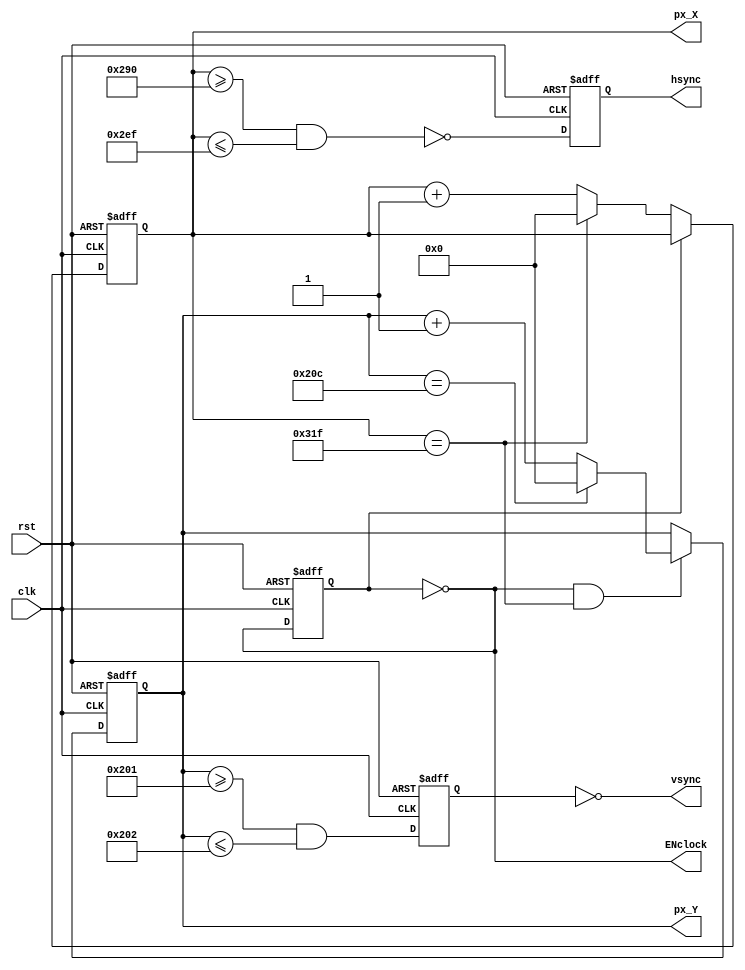
//segundo modulo de sincronizacion CON pulso habilitador (Adaptado para funcionar a 25Mhz, compatible con VGA)

module vgasync(input clk, rst, output wire hsync, vsync, ENclock, output wire [9:0] px_X,output wire [9:0] px_Y);

//Es preferible definir los parametros de retraso y tiempo de
//display como constantes que se pueden modificar y ajustar al
//dispositivo especfifico a utilizar.

	localparam HD = 640;
	localparam HF = 48;
	localparam HB = 16;
	localparam HR = 96;
	localparam VD = 480;
	localparam VF = 10;
	localparam VB = 33;
	localparam VR = 2;

//estas variables controlan cuando se ejecutan los cambios a las variables
//para que conmuten con una frecuencia diferente de la del clock.

	reg ENpulse;
	wire ENpulse_next;
	
//con estos registros se lleva la cuenta de la columna y fila en que se encuentra el pixel
		
	reg [9:0] hcnt, hcnt_next;
	reg [9:0] vcnt, vcnt_next;
	
//estos registros indican si se ha terminado o no la linea o cuadro
	
	reg v_sync_reg, h_sync_reg;
	wire v_sync_next, h_sync_next;
	
	wire h_end, v_end;
	
//la estructura always permite configurar el reset y las condiciones iniciales de operacion del dispositivo
//y define las acciones a tomar si no se encuentra en estado de reset	
	
	always @(posedge clk, posedge rst)
	begin
		if(rst) begin //seccion para definir todos los parametros de inicio como cero
			vcnt <= 0;
			hcnt <= 0;
			v_sync_reg <= 1'b0;
			h_sync_reg <= 1'b1;
			ENpulse <= 0;
			end
		else begin
			ENpulse <= ENpulse_next; //en cada ciclo de reloj se le asigna al pulso habilitador su valor siguiente
			vcnt <= vcnt_next;
			hcnt <= hcnt_next;
			v_sync_reg <= v_sync_next;
			h_sync_reg <= h_sync_next;
			end
	end
	
//aqui se configura la oscilacion del pulso habilitador
//dandole un valor siguiente que es el complemento de su valor actual			
		assign ENpulse_next = ~ENpulse;
		
//estas variables indican si ya se ha terminado o no una linea o pantalla
		assign h_end = (hcnt == (HD+HF+HB+HR-1));
		assign v_end = (vcnt == (VD+VF+VB+VR-1));
		
//estos ciclos determinan el siguiente estado que debe tener cada una de las variables
		always @(*)
		begin
			if(ENpulse_next)begin //solamente se cambia el valor del estado siguiente cuando el pulso habilitador lo permite
				if (h_end) hcnt_next <= 0;
				else hcnt_next <= hcnt + 1;
				end
			else 
			begin 
			hcnt_next <= hcnt;
			end
		end
		
		always @(*)
		begin
			if(ENpulse_next && h_end)
			begin
				if (v_end) vcnt_next <= 0;
				else vcnt_next <= vcnt + 1;
			end
			else begin
				vcnt_next <= vcnt; 
			end
		end
		
//aqui se asignan los valores de los pulsos de sincronia vertical y horizontal
//de acuerdo con la posicion que tiene el "cursor" en una fila o columna
			
		assign h_sync_next = !(hcnt >= (HD+HB) && hcnt <= (HD+HB+HR-1));
		assign v_sync_next = (vcnt >= (VD+VB) && vcnt <= (VD+VB+VR-1));
		
//finalmente, se asignan los valores de cada una de las variables utilizadas
//a la salida del modulo para que puedan ser utilizadas por otros modulos		
		assign hsync = h_sync_reg;
		assign vsync = !v_sync_reg;
		assign px_X = hcnt;
		assign px_Y = vcnt;
		assign ENclock = ENpulse_next; 
		
endmodule